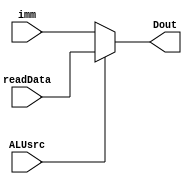
module registerMux (Dout, ALUsrc, readData, imm);

 input  ALUsrc;
 input  [31:0] readData, imm;
 output [31:0] Dout;
 
 assign Dout = (ALUsrc)? readData : imm;

endmodule